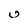
Character: U